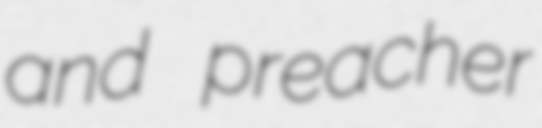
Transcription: and preacher